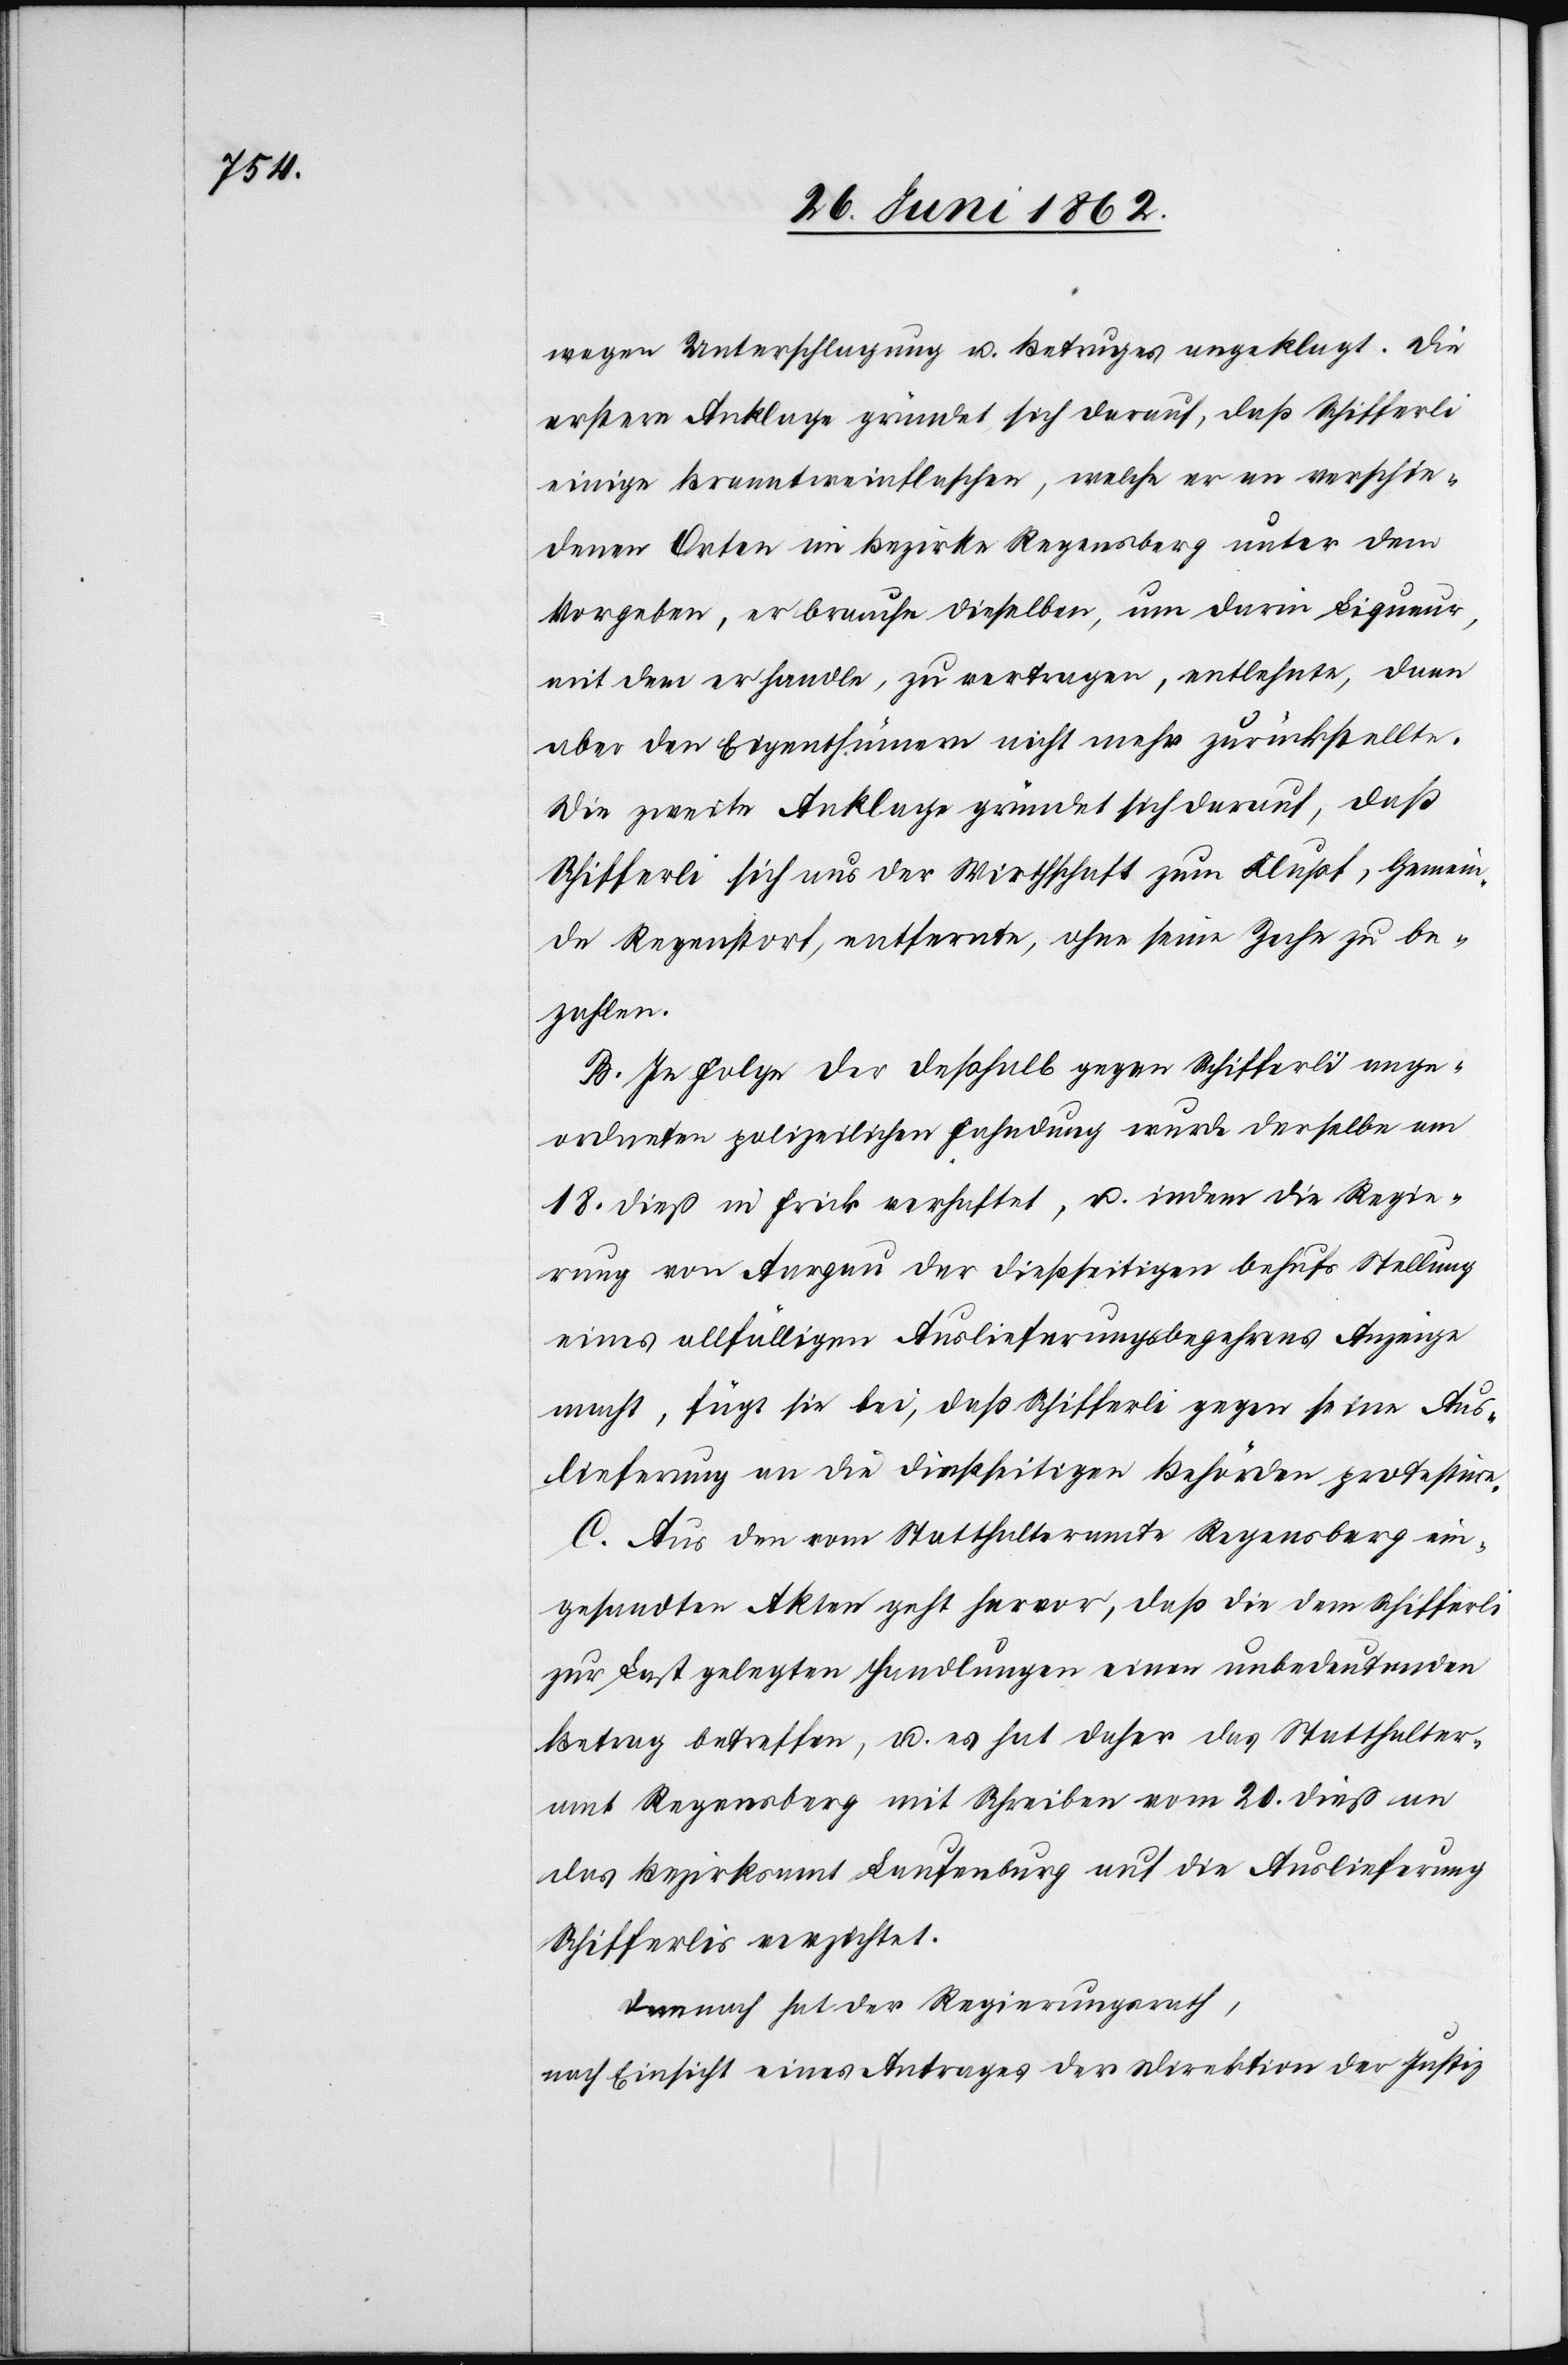
wegen Unterschlagung u. Betruges angeklagt. Die
erstere Anklage gründet sich darauf, daß Schifferli
einige Branntweinflaschen, welche er an verschie¬
dene Orten im Bezirke Regensberg unter dem
Vorgeben, er brauche dieselben, um darin Liqueur,
mit dem er handle, zu vertragen, entlehnte, dann
aber den Eigenthümern nicht mehr zurückstellte.
Die zweite Anklage gründet sich darauf, daß
Schifferli sich aus der Wirthschaft zum Klupf, Gemein¬
de Regenstorf, entfernte, ohne seine Zeche zu be¬
zahlen.
B. In Folge der deßhalb gegen Schifferli ange¬
ordneten polizeilichen Fahndung wurde derselbe am
18. dieß in Frick verhaftet, u. indem die Regie¬
rung von Aargau der dießseitigen behufs Stellung
eines allfälligen Auslieferungsbegehrens Anzeige
macht, fügt sie bei, daß Schifferli gegen seine Aus¬
lieferung an die dießseitigen Behörden protestire.
C. Aus den vom Statthalteramte Regensberg ein¬
gesandten Akten geht hervor, daß die dem Schifferli
zur Last gelegten Handlungen einen unbedeutenden
Betrag betreffen, u. es hat daher das Statthalter¬
amt Regensberg mit Schreiben vom 20. dieß an
das Bezirksamt Laufenburg auf die Auslieferung
Schifferlis verzichtet.
Demnach hat der Regierungsrath,
nach Einsicht eines Antrages der Direktion der Justiz,